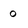
Character: 0